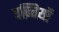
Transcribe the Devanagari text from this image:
वक़्तियों